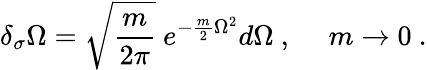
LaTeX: \delta_{\sigma}\Omega=\sqrt{\frac{m}{2\pi}}\ e^{-\frac m2\Omega^{2}}d\Omega\ ,\ \ \ \ \ m\rightarrow 0\ .